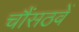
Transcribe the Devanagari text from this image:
चौंसठवें